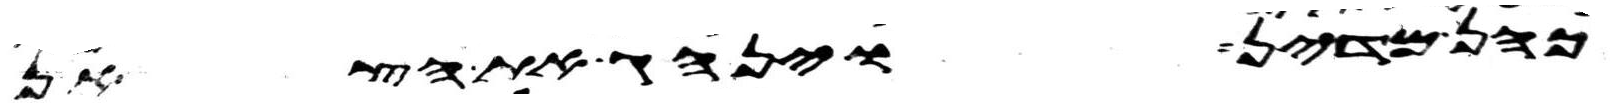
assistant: כהן מדין וינהג את הצאן